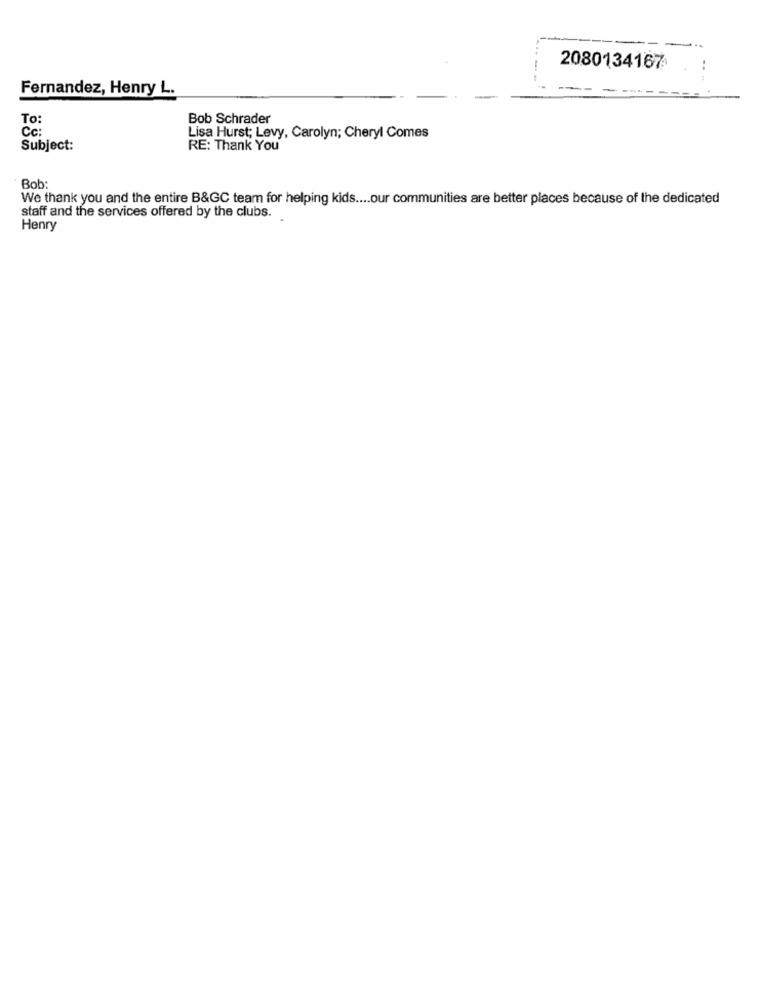
2080134167
...
Fernandez, Henry L.
To:
Bob Schrader
Cc:
Lisa Hurst; Levy, Carolyn; Cheryl Comes
Subject:
RE: Thank You
Bob:
We thank you and the entire B&GC team for helping kids .... our communities are better places because of the dedicated
staff and the services offered by the clubs.
Henry